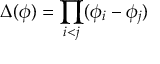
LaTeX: \Delta ( \phi ) = \prod _ { i < j } ( \phi _ { i } - \phi _ { j } )